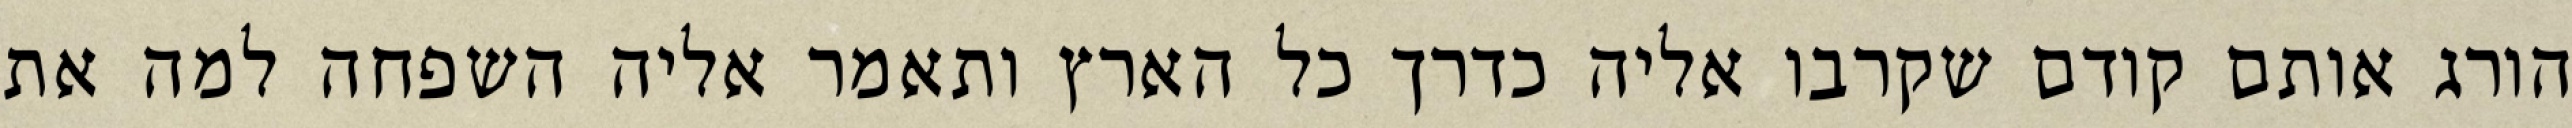
הורג אותם קודם שקרבו אליה כדרך כל הארץ ותאמר אליה השפחה למה את